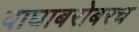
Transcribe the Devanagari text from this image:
वाघाबरोबरच